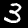
Digit: 3